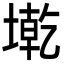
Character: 墘